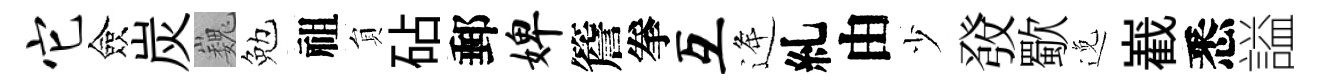
它僉炭巍勉祖貟砧郵婢簷拳互逄糺由少𤼲歜𨓜嶻悉謚